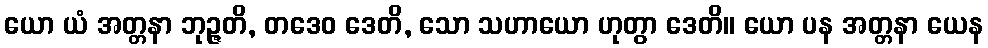
ယော ယံ အတ္တနာ ဘုဉ္ဇတိ, တဒေဝ ဒေတိ, သော သဟာယော ဟုတွာ ဒေတိ။ ယော ပန အတ္တနာ ယေန